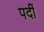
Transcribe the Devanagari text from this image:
पर्दी